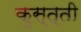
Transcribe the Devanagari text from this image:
कुस्त्ती